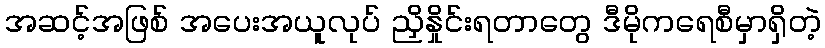
အဆင့်အဖြစ် အပေးအယူလုပ် ညှိနှိုင်းရတာတွေ ဒီမိုကရေစီမှာရှိတဲ့